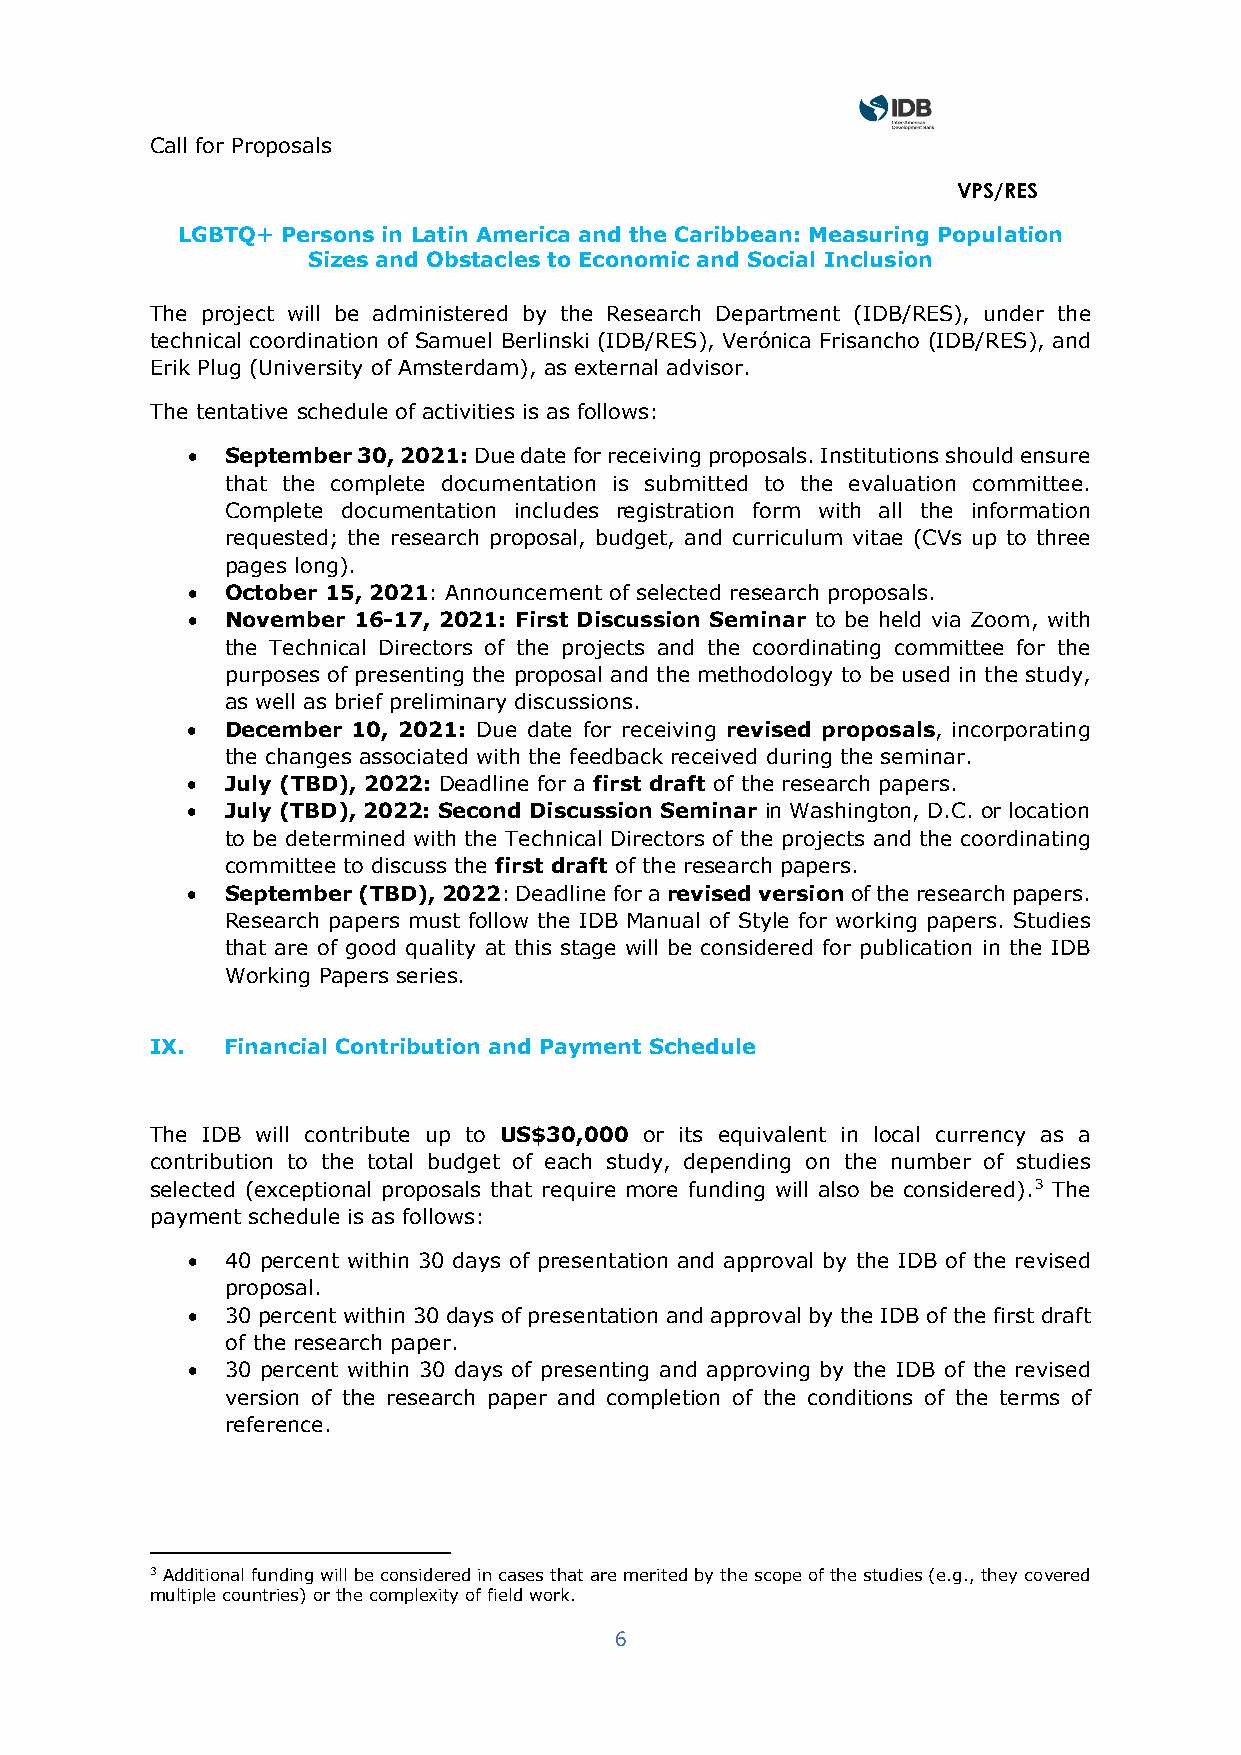
Call for Proposals
 VPS/RES
 LGBTQ+ Persons in Latin America and the Caribbean: Measuring Population
 Sizes and Obstacles to Economic and Social Inclusion
 The project will be administered by the Research Department (IDB/RES), under the
 technical coordination of Samuel Berlinski (IDB/RES), Verónica Frisancho (IDB/RES), and
 Erik Plug (University of Amsterdam), as external advisor.
 The tentative schedule of activities is as follows:
 •  September 30, 2021: Due date for receiving proposals. Institutions should ensure
 that the complete documentation is submitted to the evaluation committee.
 Complete documentation includes registration form with all the information
 requested; the research proposal, budget, and curriculum vitae (CVs up to three
 pages long).
 •  October 15, 2021: Announcement of selected research proposals.
 •  November 16-17, 2021: First Discussion Seminar to be held via Zoom, with
 the Technical Directors of the projects and the coordinating committee for the
 purposes of presenting the proposal and the methodology to be used in the study,
 as well as brief preliminary discussions.
 •  December 10, 2021: Due date for receiving revised proposals, incorporating
 the changes associated with the feedback received during the seminar.
 •  July (TBD), 2022: Deadline for a first draft of the research papers.
 •  July (TBD), 2022: Second Discussion Seminar in Washington, D.C. or location
 to be determined with the Technical Directors of the projects and the coordinating
 committee to discuss the first draft of the research papers.
 •  September (TBD), 2022: Deadline for a revised version of the research papers.
 Research papers must follow the IDB Manual of Style for working papers. Studies
 that are of good quality at this stage will be considered for publication in the IDB
 Working Papers series.
 IX.  Financial Contribution and Payment Schedule
 The IDB will contribute up to US$30,000 or its equivalent in local currency as a
 contribution to the total budget of each study, depending on the number of studies
 selected (exceptional proposals that require more funding will also be considered).3 The
 payment schedule is as follows:
 •  40 percent within 30 days of presentation and approval by the IDB of the revised
 proposal.
 •  30 percent within 30 days of presentation and approval by the IDB of the first draft
 of the research paper.
 •  30 percent within 30 days of presenting and approving by the IDB of the revised
 version of the research paper and completion of the conditions of the terms of
 reference.
 3 Additional funding will be considered in cases that are merited by the scope of the studies (e.g., they covered
 multiple countries) or the complexity of field work.
 6